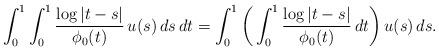
LaTeX: \begin{align*} \int_0^1 \int_0^1 \frac{ \log| t - s| }{ \phi_0(t) } \, u( s) \, d s \, dt = \int_0^1 \bigg( \int_0^1 \frac{ \log| t - s| }{ \phi_0(t) } \, dt \bigg) \, u( s) \, d s.\end{align*}